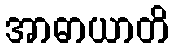
အာဓာယာတိ